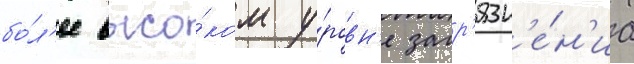
бо́л'ее высо́ком у́ровн'е загр'язн'е́н'иа